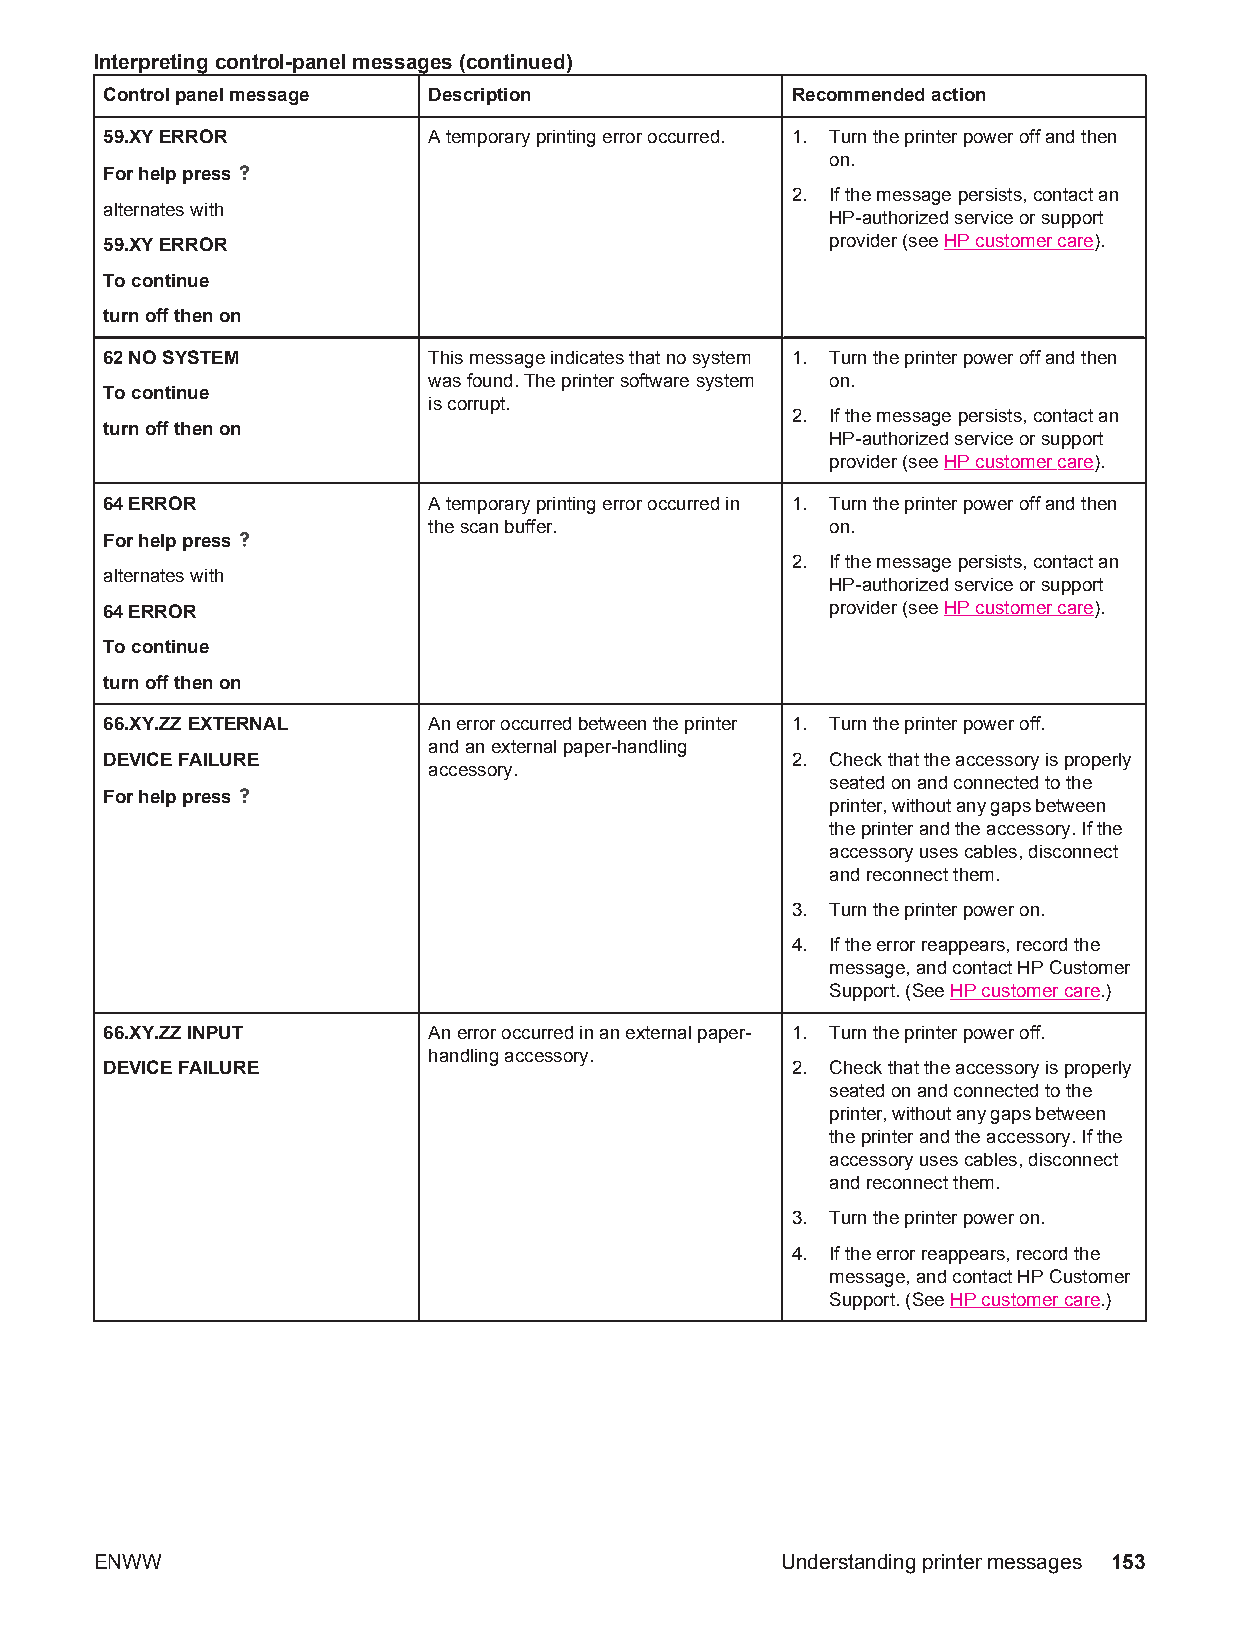
Interpreting control-panel messages (continued)
 Control panel message Description            Recommended action
 59.XY ERROR          A temporary printing error occurred. 1. Turn the printer power off and then
 on.
 For help press
 2. If the message persists, contact an
 alternates with
 HP-authorized service or support
 59.XY ERROR                                     provider (see HP customer care).
 To continue
 turn off then on
 62 NO SYSTEM         This message indicates that no system 1. Turn the printer power off and then
 was found. The printer software system on.
 To continue
 is corrupt.
 2. If the message persists, contact an
 turn off then on
 HP-authorized service or support
 provider (see HP customer care).
 64 ERROR             A temporary printing error occurred in 1. Turn the printer power off and then
 the scan buffer.           on.
 For help press
 2. If the message persists, contact an
 alternates with
 HP-authorized service or support
 64 ERROR                                        provider (see HP customer care).
 To continue
 turn off then on
 66.XY.ZZ EXTERNAL    An error occurred between the printer 1. Turn the printer power off.
 and an external paper-handling
 DEVICE FAILURE                               2. Check that the accessory is properly
 accessory.
 seated on and connected to the
 For help press
 printer, without any gaps between
 the printer and the accessory. If the
 accessory uses cables, disconnect
 and reconnect them.
 3. Turn the printer power on.
 4. If the error reappears, record the
 message, and contact HP Customer
 Support. (See HP customer care.)
 66.XY.ZZ INPUT       An error occurred in an external paper- 1. Turn the printer power off.
 handling accessory.
 DEVICE FAILURE                               2. Check that the accessory is properly
 seated on and connected to the
 printer, without any gaps between
 the printer and the accessory. If the
 accessory uses cables, disconnect
 and reconnect them.
 3. Turn the printer power on.
 4. If the error reappears, record the
 message, and contact HP Customer
 Support. (See HP customer care.)
 ENWW                                          Understanding printer messages 153